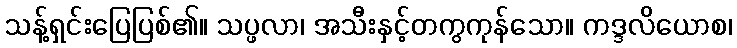
သန့်ရှင်းပြေပြစ်၏။ သပ္ဖလာ၊ အသီးနှင့်တကွကုန်သော။ ကဒ္ဒလိယောစ၊